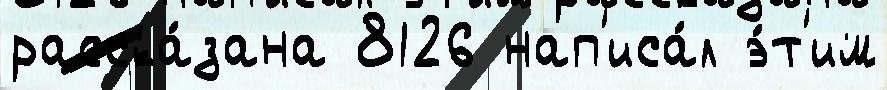
расска́зана 8126 нап'иса́л э́т'им